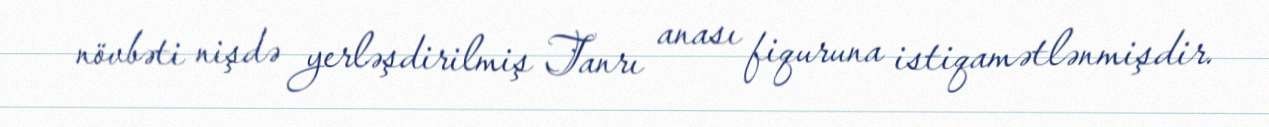
növbəti nişdə yerləşdirilmiş Tanrı anası fiquruna istiqamətlənmişdir.